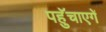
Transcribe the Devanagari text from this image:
पहुॅचाएगें